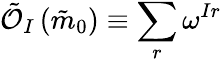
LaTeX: \tilde{\mathcal{O}}_{I}\left(\tilde{m}_{0}\right)\equiv\sum_{r}\omega^{Ir}